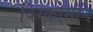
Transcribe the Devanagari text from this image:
बिस्कोमॉन